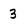
Character: 3